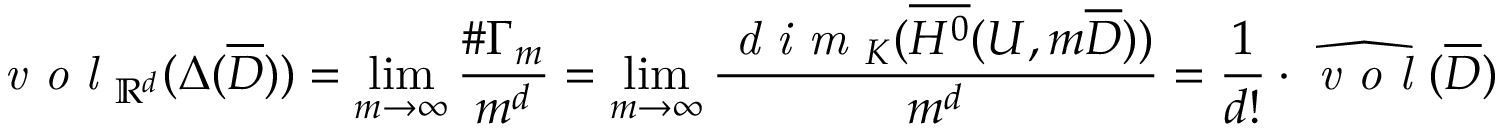
\emph { v o l } _ { \mathbb { R } ^ { d } } ( \Delta ( \overline { { D } } ) ) = \operatorname* { l i m } _ { m \to \infty } \frac { \# \Gamma _ { m } } { m ^ { d } } = \operatorname* { l i m } _ { m \to \infty } \frac { \emph { d i m } _ { K } ( \overline { { H ^ { 0 } } } ( U , m \overline { { D } } ) ) } { m ^ { d } } = \frac { 1 } { d ! } \cdot \widehat { \emph { v o l } } ( \overline { { D } } )